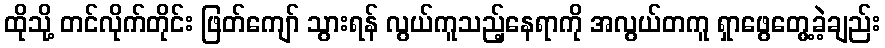
ထိုသို့ တင်လိုက်တိုင်း ဖြတ်ကျော် သွားရန် လွယ်ကူသည့်နေရာကို အလွယ်တကူ ရှာဖွေတွေ့ခဲ့ချည်း